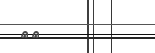
٢٣